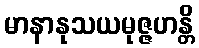
မာနာနုသယမုဇ္ဇဟန္တိ